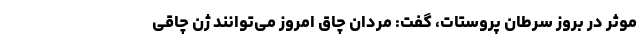
موثر در بروز سرطان پروستات، گفت: مردان چاق امروز می‌توانند ژن چاقی